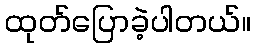
ထုတ်ပြောခဲ့ပါတယ်။